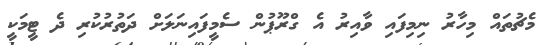
މެޗުތައް މިހާރު ނިމިފައި ވާއިރު އެ ގްރޫޕުން ސެމީފައިނަލަށް ދަތުރުކުރި ދެ ޓީމަކީ